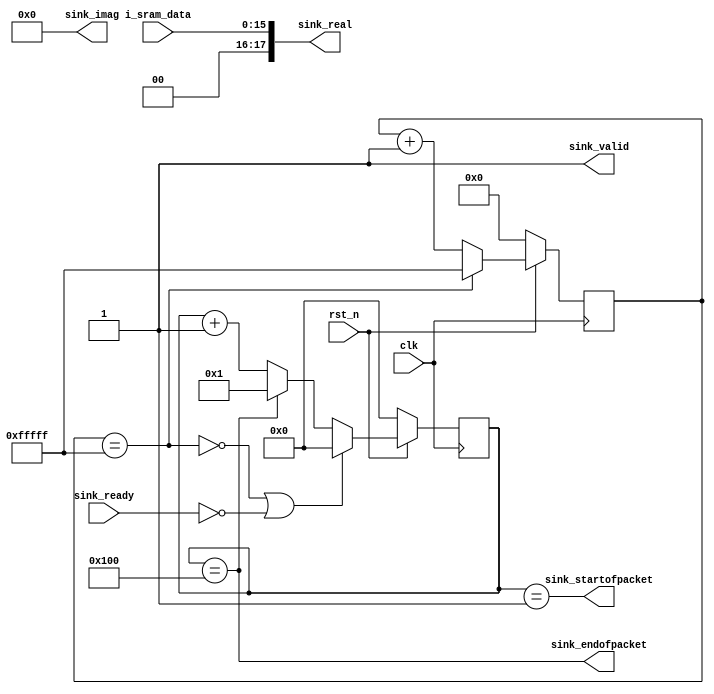
module fft_control_2(
	input clk,
	input rst_n,
	output [17:0] sink_real,
	output [17:0] sink_imag,
	output sink_startofpacket,
	output sink_endofpacket,
	output sink_valid,

	input  sink_ready,
	input [15:0] i_sram_data
);

parameter	FFT_LENGTH = 14'd256;
parameter   wait_cont  = 20'hfffff;

reg [19:0] wait_cont_r; //initial wait
wire[19:0] wait_cont_w;
assign 	   wait_cont_w = wait_cont_r==wait_cont ? wait_cont:wait_cont_r+20'd1;

wire 	   ready = wait_cont_r==wait_cont;
reg [13:0] length_cont_r;
wire[13:0] length_cont_w;


assign 	   sink_real = {2'b00,i_sram_data};
assign     sink_imag = 18'd0;
assign     sink_valid = 1'b1;
assign     sink_startofpacket = length_cont_r==14'd1;
assign     sink_endofpacket   = length_cont_r==FFT_LENGTH;
assign 	   length_cont_w = ( ~ready ||~sink_ready)    ? 0:
						   (length_cont_r==FFT_LENGTH)? 1: 
						   	length_cont_r+1;

always @(posedge clk) begin : proc_wait_cont_r
	if(~rst_n) begin
		length_cont_r <= 0;
		wait_cont_r   <= 0;
	end else begin
		length_cont_r <= length_cont_w;
		wait_cont_r   <= wait_cont_w;
	end
end

endmodule